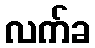
လက်ခ